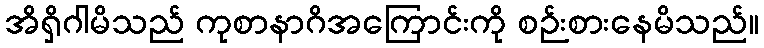
အိရှိဂါမိသည် ကုစာနာဂိအကြောင်းကို စဉ်းစားနေမိသည်။